Report of the Imperial Institute of Veterinary Research, Muktesar
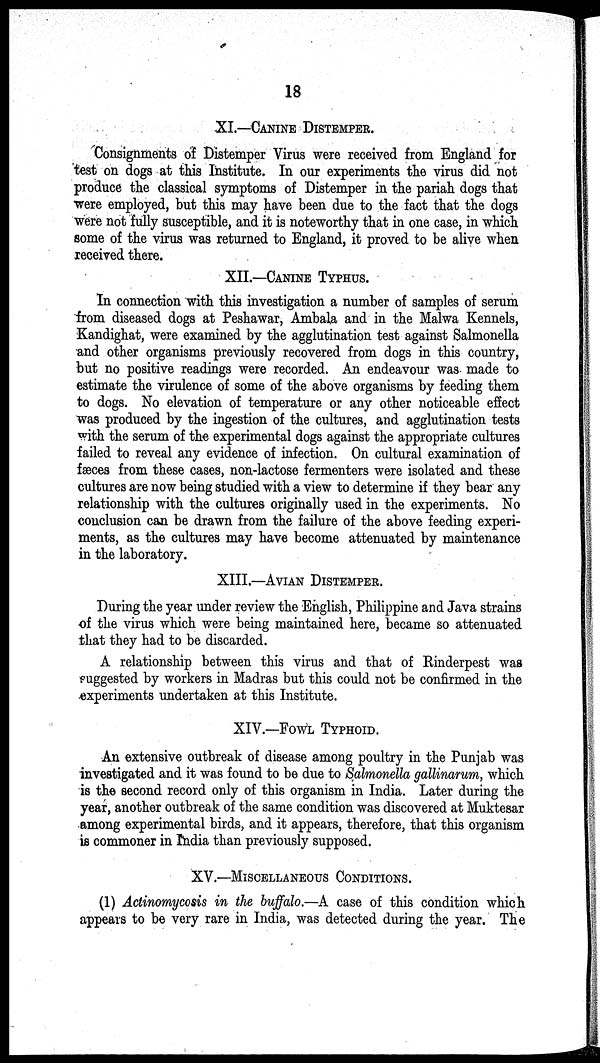
18
XI.—CANINE DISTEMPER.
Consignments of Distemper Virus were received from England for
test on dogs at this Institute. In our experiments the virus did not
produce the classical symptoms of Distemper in the pariah dogs that
were employed, but this may have been due to the fact that the dogs
were not fully susceptible, and it is noteworthy that in one case, in which
some of the virus was returned to England, it proved to be alive when
received there.
XII.—CANINE TYPHUS.
In connection with this investigation a number of samples of serum
from diseased dogs at Peshawar, Ambala and in the Malwa Kennels,
Kandighat, were examined by the agglutination test against Salmonella
and other organisms previously recovered from dogs in this country,
but no positive readings were recorded. An endeavour was made to
estimate the virulence of some of the above organisms by feeding them
to dogs. No elevation of temperature or any other noticeable effect
was produced by the ingestion of the cultures, and agglutination tests
with the serum of the experimental dogs against the appropriate cultures
failed to reveal any evidence of infection. On cultural examination of
fæces from these cases, non-lactose fermenters were isolated and these
cultures are now being studied with a view to determine if they bear any
relationship with the cultures originally used in the experiments. No
conclusion can be drawn from the failure of the above feeding experi-
ments, as the cultures may have become attenuated by maintenance
in the laboratory.
XIII.—AVIAN DISTEMPER.
During the year under review the English, Philippine and Java strains
of the virus which were being maintained here, became so attenuated
that they had to be discarded.
A relationship between this virus and that of Rinderpest was
suggested by workers in Madras but this could not be confirmed in the
experiments undertaken at this Institute.
XIV.—FOWL TYPHOID.
An extensive outbreak of disease among poultry in the Punjab was
investigated and it was found to be due to Salmonella gallinarum, which
is the second record only of this organism in India. Later during the
year, another outbreak of the same condition was discovered at Muktesar
among experimental birds, and it appears, therefore, that this organism
is commoner in India than previously supposed.
XV.—MISCELLANEOUS CONDITIONS.
(1) Actinomycosis in the buffalo.—A case of this condition which
appears to be very rare in India, was detected during the year. The